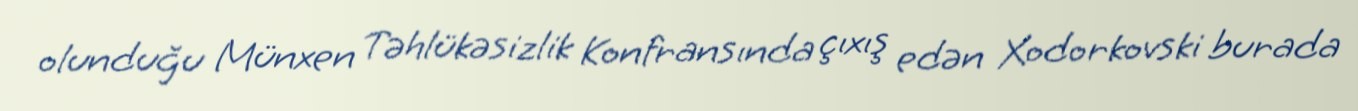
olunduğu Münxen Təhlükəsizlik Konfransında çıxış edən Xodorkovski burada